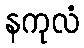
နကုလံ